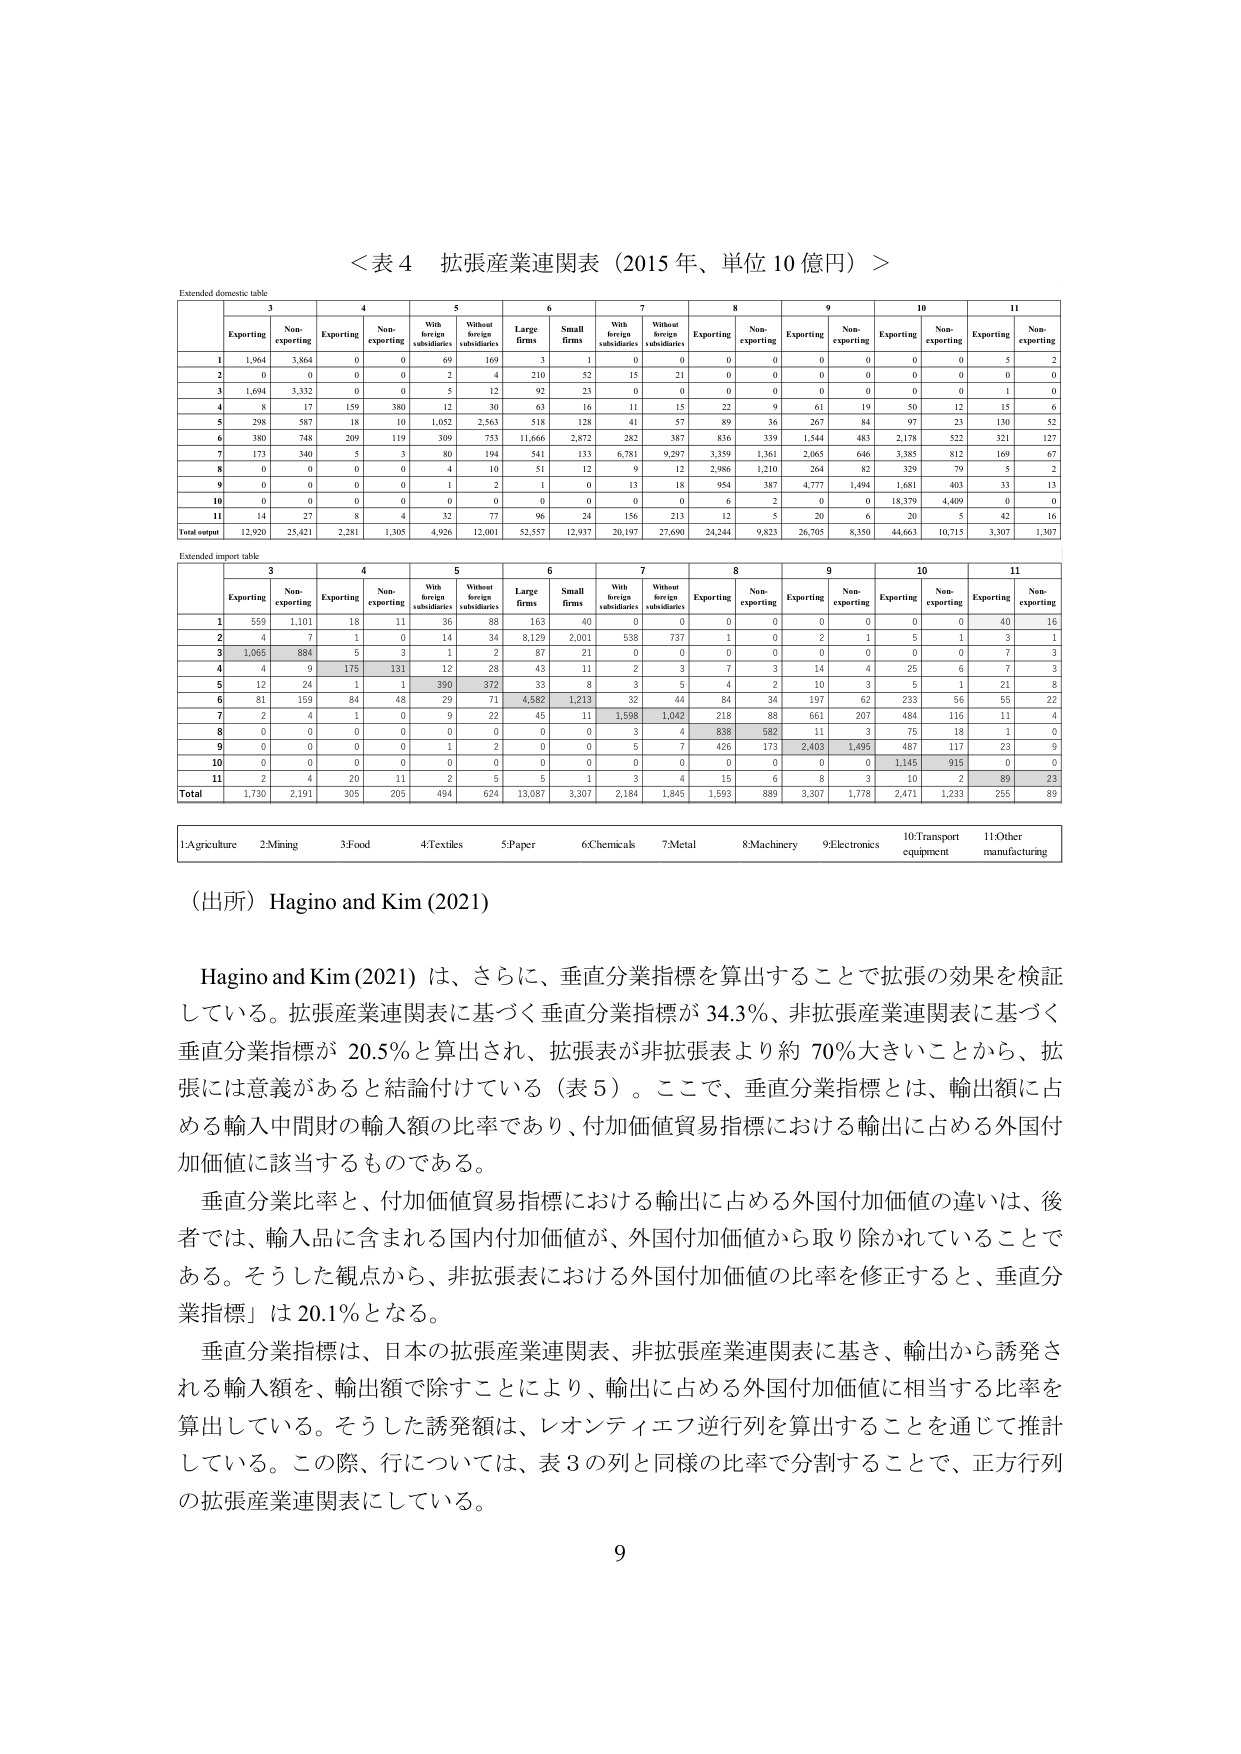
＜表４ 拡張産業連関表（2015年、単位10億円）＞

Extended domestic table

3 4 5 6 7 8 9 10 11
Exporting Non-exporting Exporting Non-exporting With foreign subsidiaries Without foreign subsidiaries Large firms Small firms With foreign subsidiaries Without foreign subsidiaries Exporting Non-exporting Exporting Non-exporting Exporting Non-exporting Exporting Non-exporting
1 1,964 3,864 0 0 69 169 3 1 0 0 0 0 0 0 0 0 5 2
2 0 0 0 0 2 4 210 52 15 21 0 0 0 0 0 0 0 0
3 1,694 3,332 0 0 5 12 92 23 0 0 0 0 0 0 0 0 1 0
4 8 17 159 380 12 30 63 16 11 15 22 9 61 19 50 12 15 6
5 298 587 18 10 1,052 2,563 518 128 41 57 89 36 267 84 97 23 130 52
6 380 748 209 119 309 753 11,666 2,872 282 387 836 339 1,544 483 2,178 522 321 127
7 173 340 5 3 80 194 541 133 6,781 9,297 3,359 1,361 2,065 646 3,385 812 169 67
8 0 0 0 0 4 10 51 12 9 12 2,986 1,210 264 82 329 79 5 2
9 0 0 0 0 1 2 1 0 13 18 954 387 4,777 1,494 1,681 403 33 13
10 0 0 0 0 0 0 0 0 0 0 6 2 0 0 18,379 4,409 0 0
11 14 27 8 4 32 77 96 24 156 213 12 5 20 6 20 5 42 16
Total output 12,920 25,421 2,281 1,305 4,926 12,001 52,557 12,937 20,197 27,690 24,244 9,823 26,705 8,350 44,663 10,715 3,307 1,307

Extended import table

3 4 5 6 7 8 9 10 11
Exporting Non-exporting Exporting Non-exporting With foreign subsidiaries Without foreign subsidiaries Large firms Small firms With foreign subsidiaries Without foreign subsidiaries Exporting Non-exporting Exporting Non-exporting Exporting Non-exporting Exporting Non-exporting
1 559 1,101 18 11 36 89 163 40 0 0 0 0 0 0 0 0 40 16
2 4 7 1 0 14 34 8,129 2,001 538 727 1 0 2 1 5 1 3 1
3 1,065 884 5 3 1 2 87 21 0 0 0 0 0 0 0 0 7 3
4 4 9 175 131 12 28 43 11 2 3 7 3 14 4 25 6 7 3
5 12 24 1 1 390 372 33 8 3 5 4 2 10 3 5 1 21 8
6 81 159 84 48 29 71 4,582 1,213 32 44 84 34 197 62 233 56 55 22
7 2 4 1 0 9 22 45 11 1,598 1,042 218 88 661 207 484 116 11 4
8 0 0 0 0 0 0 0 0 3 4 838 582 11 3 75 18 1 0
9 0 0 0 0 1 2 0 0 5 7 426 173 2,403 1,495 487 117 23 9
10 0 0 0 0 0 0 0 0 0 0 0 0 0 0 1,145 915 0 0
11 2 4 20 11 2 5 5 1 3 4 15 6 8 3 10 2 89 23
Total 1,730 2,191 305 205 494 624 13,087 3,307 2,184 1,845 1,593 889 3,307 1,778 2,471 1,233 255 89

1:Agriculture 2:Mining 3:Food 4:Textiles 5:Paper 6:Chemicals 7:Metal 8:Machinery 9:Electronics 10:Transport equipment 11:Other manufacturing

（出所）Hagino and Kim (2021)

Hagino and Kim (2021) は、さらに、垂直分業指標を算出することで拡張の効果を検証している。拡張産業連関表に基づく垂直分業指標が 34.3%、非拡張産業連関表に基づく垂直分業指標が 20.5% と算出され、拡張表が非拡張表より約 70% 大きいことから、拡張には意義があると結論付けている（表5）。ここで、垂直分業指標とは、輸出額に占める輸入中間財の輸入額の比率であり、付加価値貿易指標における輸出に占める外国付加価値に該当するものである。

垂直分業比率と、付加価値貿易指標における輸出に占める外国付加価値の違いは、後者では、輸入品に含まれる国内付加価値が、外国付加価値から取り除かれていることである。そうした観点から、非拡張における外国付加価値の比率を修正すると、「垂直分業指標」は 20.1% となる。

垂直分業指標は、日本の拡張産業連関表、非拡張産業連関表に基き、輸出から誘発される輸入額を、輸出額で除すことにより、輸出に占める外国付加価値に相当する比率を算出している。そうした誘発額は、レオンティエフ逆行列を算出することを通じて推計している。この際、行については、表3の列と同様の比率で分割することで、正方行列の拡張産業連関表にしている。

9